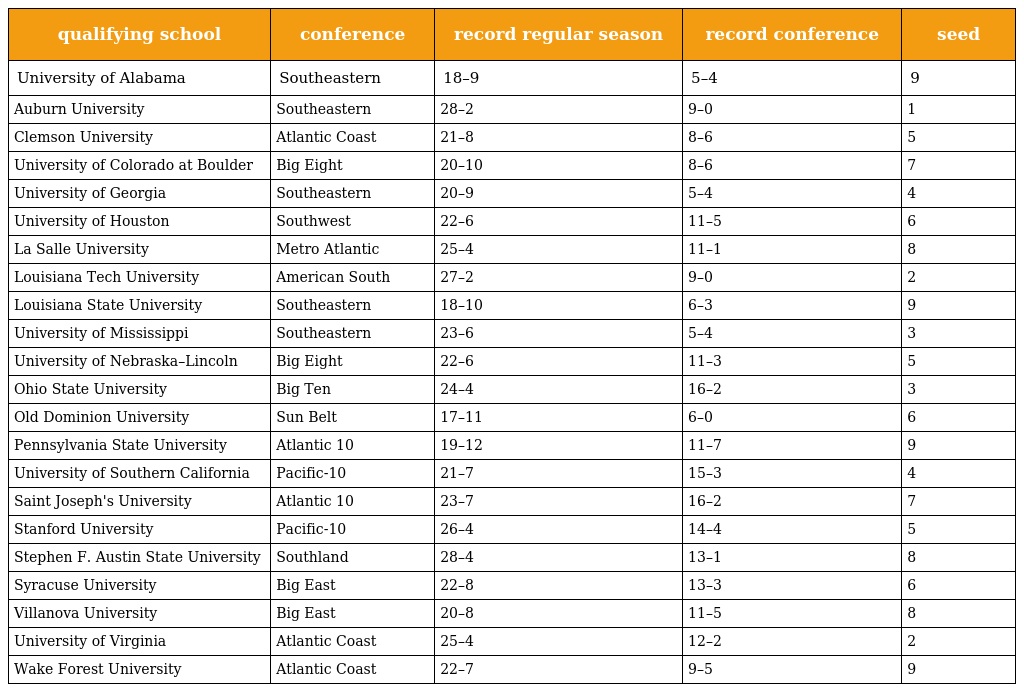
| qualifying school | conference | record regular season | record conference | seed |
 | --- | --- | --- | --- | --- |
 | University of Alabama | Southeastern | 18–9 | 5–4 | 9 |
 | Auburn University | Southeastern | 28–2 | 9–0 | 1 |
 | Clemson University | Atlantic Coast | 21–8 | 8–6 | 5 |
 | University of Colorado at Boulder | Big Eight | 20–10 | 8–6 | 7 |
 | University of Georgia | Southeastern | 20–9 | 5–4 | 4 |
 | University of Houston | Southwest | 22–6 | 11–5 | 6 |
 | La Salle University | Metro Atlantic | 25–4 | 11–1 | 8 |
 | Louisiana Tech University | American South | 27–2 | 9–0 | 2 |
 | Louisiana State University | Southeastern | 18–10 | 6–3 | 9 |
 | University of Mississippi | Southeastern | 23–6 | 5–4 | 3 |
 | University of Nebraska–Lincoln | Big Eight | 22–6 | 11–3 | 5 |
 | Ohio State University | Big Ten | 24–4 | 16–2 | 3 |
 | Old Dominion University | Sun Belt | 17–11 | 6–0 | 6 |
 | Pennsylvania State University | Atlantic 10 | 19–12 | 11–7 | 9 |
 | University of Southern California | Pacific-10 | 21–7 | 15–3 | 4 |
 | Saint Joseph's University | Atlantic 10 | 23–7 | 16–2 | 7 |
 | Stanford University | Pacific-10 | 26–4 | 14–4 | 5 |
 | Stephen F. Austin State University | Southland | 28–4 | 13–1 | 8 |
 | Syracuse University | Big East | 22–8 | 13–3 | 6 |
 | Villanova University | Big East | 20–8 | 11–5 | 8 |
 | University of Virginia | Atlantic Coast | 25–4 | 12–2 | 2 |
 | Wake Forest University | Atlantic Coast | 22–7 | 9–5 | 9 |